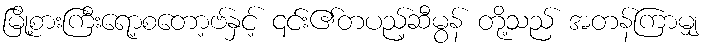
မြို့စားကြီးရော့စတော့ဗ်နှင့် ၎င်း၏တပည့်ဆီမွန် တို့သည် အတန်ကြာမျှ